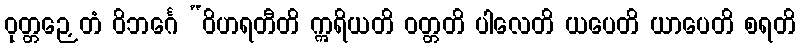
ဝုတ္တဉှေတံ ဝိဘင်္ဂေ “ဝိဟရတီတိ ဣရိယတိ ဝတ္တတိ ပါလေတိ ယပေတိ ယာပေတိ စရတိ